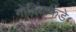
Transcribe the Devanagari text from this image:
गोंदियाकडे